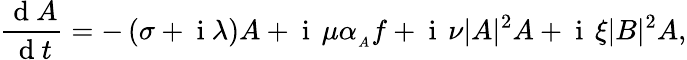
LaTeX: \frac{\mathrm{~d~}A}{\mathrm{~d~}t}=-\left(\sigma+\mathrm{~i~}\lambda\right)A+\mathrm{~i~}\, \mu\alpha_{_A}f+\mathrm{~i~}\, \nu|A|^{2}A+\mathrm{~i~}\, \xi|B|^{2}A,